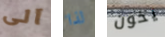
آلى لذا يخون